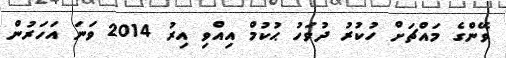
ވޭންގެ މައްޗަށް ހުކުރު ދުވަހު ޙުކުމް އިއްވި އިރު 2014 ވަނަ އަހަރުން